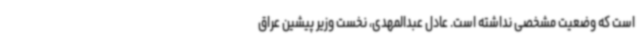
است که وضعیت مشخصی نداشته است. عادل عبدالمهدی، نخست وزیر پیشین عراق